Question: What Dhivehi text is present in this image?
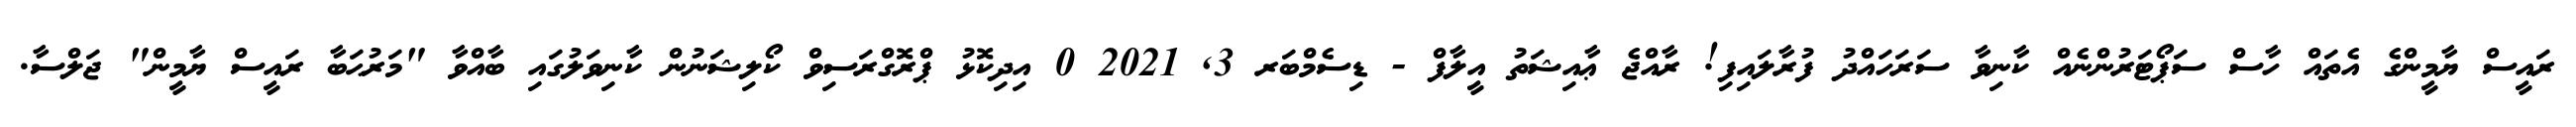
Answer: ރައީސް ޔާމީންގެ އެތައް ހާސް ސަޕޯޓަރުންނެއް ކާނިވާ ސަރަހައްދު ފުރާލައިފި! ރާއްޖެ ޢާއިޝަތު އީލާފް - ޑިސެމްބަރ 3, 2021 0 އިދިކޮޅު ޕްރޮގްރަސިވް ކޯލިޝަނުން ކާނިވަލުގައި ބާއްވާ "މަރުޙަބާ ރައީސް ޔާމީން" ޖަލްސާ.